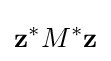
\mathbf {z} ^{*}M^{*}\mathbf {z}